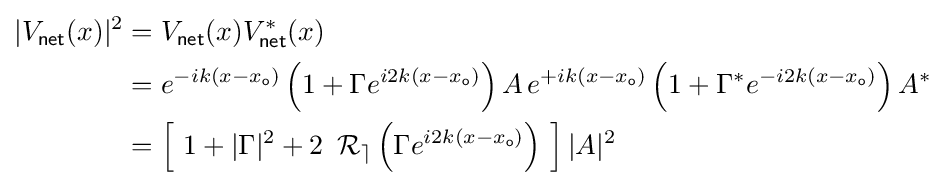
{\begin{aligned}|V_{\mathsf {net}}(x)|^{2}&=V_{\mathsf {net}}(x)V_{\mathsf {net}}^{*}(x)\\&=e^{-ik\left(x-x_{\mathsf {o}}\right)}\left(1+\Gamma e^{i2k\left(x-x_{\mathsf {o}}\right)}\right)A\,e^{+ik\left(x-x_{\mathsf {o}}\right)}\left(1+\Gamma ^{*}e^{-i2k\left(x-x_{\mathsf {o}}\right)}\right)A^{*}\\&=\left[\ 1+|\Gamma |^{2}+2\ \operatorname {\mathcal {R_{e}}} \left(\Gamma e^{i2k\left(x-x_{\mathsf {o}}\right)}\right)\ \right]|A|^{2}\end{aligned}}